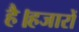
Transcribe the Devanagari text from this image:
है।हजारों